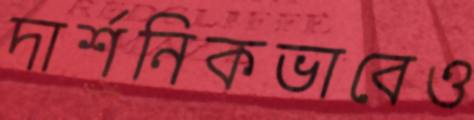
দার্শনিকভাবেও